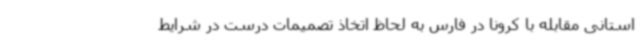
استانی مقابله با کرونا در فارس به لحاظ اتخاذ تصمیمات درست در شرایط